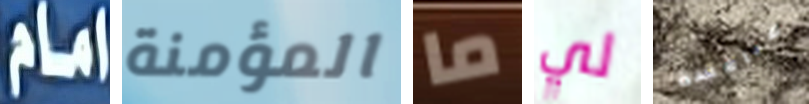
امام المؤمنة ما لي منافسة